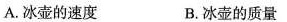
A.冰壶的速度 B.冰壶的质量